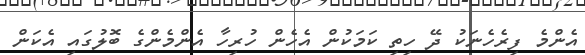
އެންމެ ފިރެހެނަކު ދޭ ހިތި ކަމަކުން އެހެން ހުރިހާ އެންމެންގެ ބޮލުގައި އެކަން